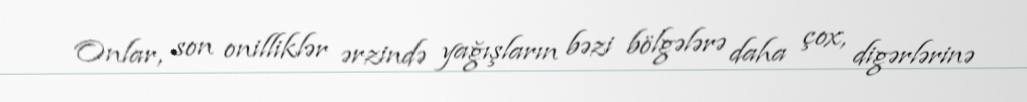
Onlar, son onilliklər ərzində yağışların bəzi bölgələrə daha çox, digərlərinə